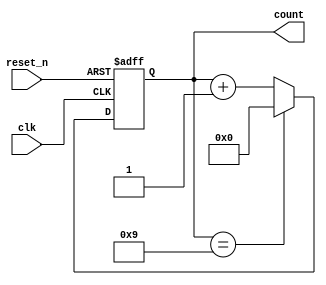
module BCD_Counter (
    input wire clk,          // Clock input
    input wire reset_n,     // Active-low asynchronous reset
    output reg [3:0] count   // 4-bit BCD output
);

// Asynchronous reset and counting logic
always @(posedge clk or negedge reset_n) begin
    if (!reset_n) begin
        count <= 4'b0000; // Reset count to 0
    end else begin
        if (count == 4'b1001) begin
            count <= 4'b0000; // Reset count to 0 when it reaches 10 (1010)
        end else begin
            count <= count + 1; // Increment count
        end
    end
end

endmodule